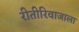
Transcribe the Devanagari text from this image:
रीतीरिवाजाला